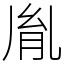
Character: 胤